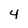
Character: 4